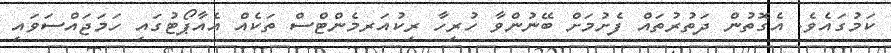
ކަމުގައެވެ. އެގޮތުން ދަތުރުތައް ފެށުމަށް ބޭނުންވާ ހުރިހާ ރިކުއަރމެންޓްސް ތަކެއް އެއާޕޯޓުގައި ހަމަޖައްސަވައި